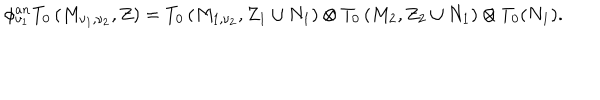
\phi _ { \nu _ { 1 } } ^ { a n } T _ { 0 } \left( M _ { \nu _ { 1 } , \nu _ { 2 } } , Z \right) = T _ { 0 } \left( M _ { 1 , \nu _ { 2 } } , Z _ { 1 } \cup N _ { 1 } \right) \otimes T _ { 0 } \left( M _ { 2 } , Z _ { 2 } \cup N _ { 1 } \right) \otimes T _ { 0 } ( N _ { 1 } ) .